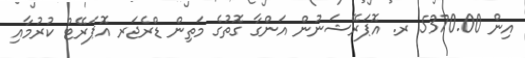
އިން 5370.00 ރ. އޮޕަރޭޝަނުން އަންގާ ގޮތުގެ މަތިން ޑްރެޖަރ އޮޕަރޭޓް ކުރުމާއި